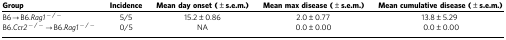
<table><thead><tr><td><b>Group</b></td><td><b>Incidence</b></td><td><b>Mean day onset (±s.e.m.)</b></td><td><b>Mean max disease (±s.e.m.)</b></td><td><b>Mean cumulative disease (±s.e.m.)</b></td></tr></thead><tbody><tr><td>B6→B6.<i>Rag1</i><sup>−/−</sup></td><td>5/5</td><td>15.2±0.86</td><td>2.0±0.77</td><td>13.8±5.29</td></tr><tr><td>B6.<i>Ccr2</i><sup>−/−</sup>→B6.<i>Rag1</i><sup>−/−</sup></td><td>0/5</td><td>NA</td><td>0.0±0.00</td><td>0.0±0.00</td></tr></tbody></table>